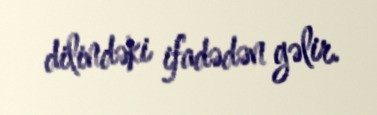
dilindəki ifadədən gəlir.